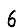
Digit: 6